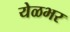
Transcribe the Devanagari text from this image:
येळभर